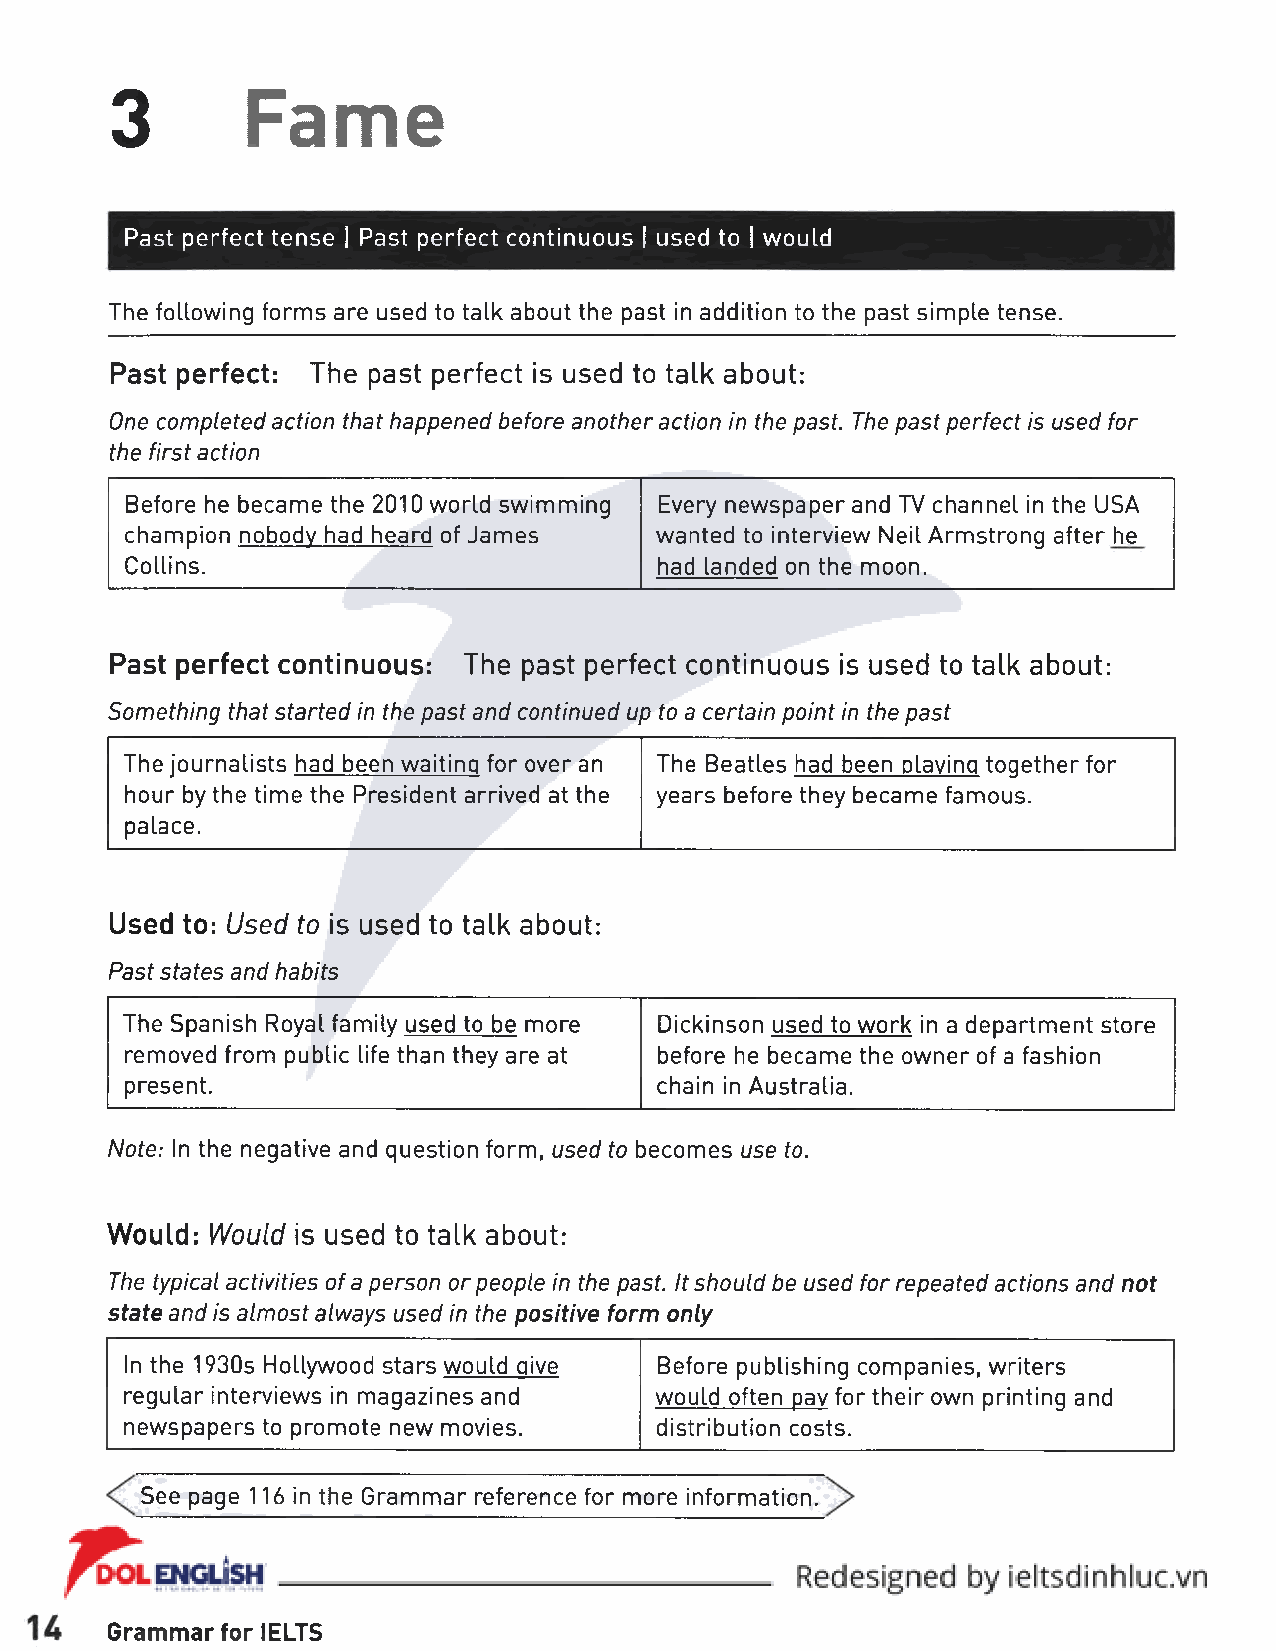
3        Fame
 Past perfect tense I Past perfect continuous I used to I would
 The following forms are used to talk about the past in addition to the past simple tense.
 Past perfect: The past perfect is used to talk about:
 One completed action that happened before another action in the past. The past perfect is used for
 the first action
 Before he became the 2010 world swimming Every newspaper and TV channel in the USA
 champion nobody had heard of James wanted to interview Neil Armstrong after he
 Collins.                            had landed on the moon.
 Past perfect continuous: The past perfect continuous is used to talk about:
 Something that started in the past and continued up to a certain point in the past
 The journalists had been waiting for over an The Beatles had been playing together for
 hour by the time the President arrived at the years before they became famous,
 palace.
 Used to: Used to is used to talk about:
 Past states and habits
 The Spanish Royal family used to be more Dickinson used to work in a department store
 removed from public life than they are at before he became the owner of a fashion
 present.                            chain in Australia.
 Note: In the negative and question form, used to becomes use to.
 Would: Would is used to talk about:
 The typical activities of a person or people in the past. It should be used for repeated actions and not
 state and is almost always used in the positive form only
 In the 1930s Hollywood stars would give Before publishing companies, writers
 regular interviews in magazines and would often pay for their own printing and
 newspapers to promote new movies.  distribution costs.
 See page 116 in the Grammar reference for more information.
 Grammar for IELTS